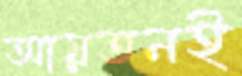
আয়তনই